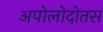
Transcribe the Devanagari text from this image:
अपोलोदोतस